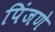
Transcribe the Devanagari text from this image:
पिंजणे